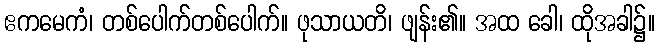
ဧကမေကံ၊ တစ်ပေါက်တစ်ပေါက်။ ဖုသာယတိ၊ ဖျန်း၏။ အထ ခေါ၊ ထိုအခါ၌။